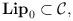
LaTeX: \begin{align*}{\bf Lip}_0\subset{\cal C},\end{align*}